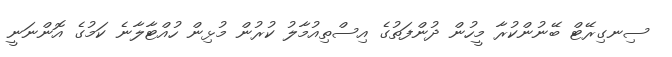
ސިނގިރޭޓް ބޭނުންކުރާ މީހުން ދުންފަތުގެ އިސްތިއުމާލު ކުރުން މުޅިން ހުއްޓާލާނެ ކަމުގެ އޮންނަނީ